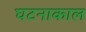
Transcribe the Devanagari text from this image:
घटनाकाल